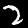
Label: 2